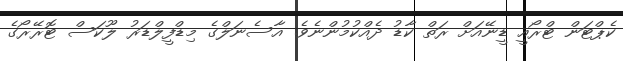
ކެޕްޓަން ޓްރޯއީ ޑީނޭއަށް ރަތް ކާޑު ދެއްކުމުންނެވެ. އާސެނަލްގެ މިޑްފީލްޑަރު ލޫކަސް ޓޮރޭރޯގެ